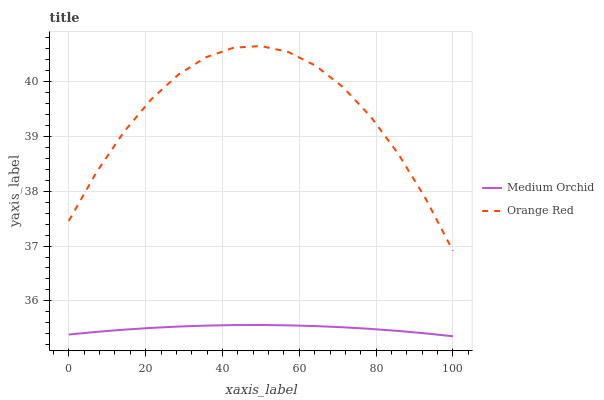
| xaxis_label | Medium Orchid | Orange Red |
 | --- | --- | --- |
 | 0 | 35.4 | 37.5 |
 | 7.14 | 35.4 | 38.3 |
 | 14.3 | 35.5 | 39.1 |
 | 21.4 | 35.5 | 39.7 |
 | 28.6 | 35.5 | 40.1 |
 | 35.7 | 35.5 | 40.4 |
 | 42.9 | 35.6 | 40.6 |
 | 50 | 35.6 | 40.6 |
 | 57.1 | 35.6 | 40.5 |
 | 64.3 | 35.5 | 40.3 |
 | 71.4 | 35.5 | 39.9 |
 | 78.6 | 35.5 | 39.4 |
 | 85.7 | 35.5 | 38.7 |
 | 92.9 | 35.4 | 37.9 |
 | 100 | 35.4 | 36.9 |